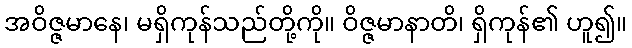
အဝိဇ္ဇမာနေ၊ မရှိကုန်သည်တို့ကို။ ဝိဇ္ဇမာနာတိ၊ ရှိကုန်၏ ဟူ၍။